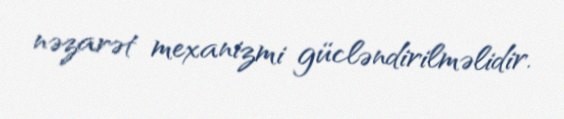
nəzarət mexanizmi gücləndirilməlidir.